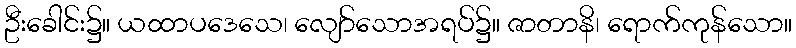
ဦးခေါင်း၌။ ယထာပဒေသေ၊ လျော်သောအရပ်၌။ ဇာတာနိ၊ ရောက်ကုန်သော။